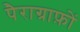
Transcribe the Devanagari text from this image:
पैराग्राफ़ों